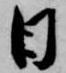
日